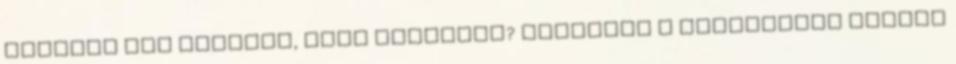
nyelvet Nem találta, amit keresett? Segítünk a keresésben Legyen